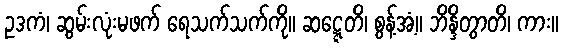
ဥဒကံ၊ ဆွမ်းလုံးမဖက် ရေသက်သက်ကို။ ဆဋ္ဋေတိ၊ စွန့်အံ့။ ဘိန္ဒိတွာတိ၊ ကား။